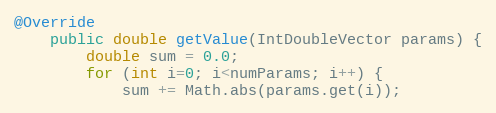
Language: Java
@Override
    public double getValue(IntDoubleVector params) {
        double sum = 0.0;
        for (int i=0; i<numParams; i++) {
            sum += Math.abs(params.get(i));